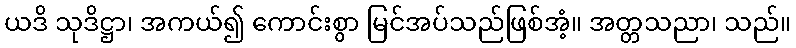
ယဒိ သုဒိဋ္ဌာ၊ အကယ်၍ ကောင်းစွာ မြင်အပ်သည်ဖြစ်အံ့။ အတ္တသညာ၊ သည်။